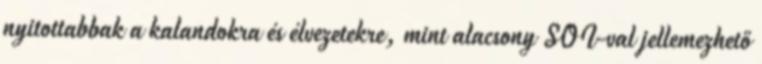
nyitottabbak a kalandokra és élvezetekre, mint alacsony SOI-val jellemezhető